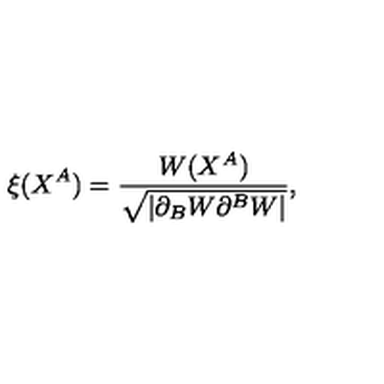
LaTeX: \xi ( X ^ { A } ) = \frac { W ( X ^ { A } ) } { \sqrt { | \partial _ { B } W \partial ^ { B } W | } } ,